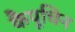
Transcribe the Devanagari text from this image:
कैपूचिन